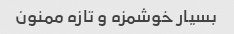
بسیار خوشمزه و تازه ممنون